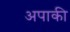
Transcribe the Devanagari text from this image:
अपाकी